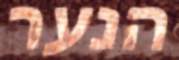
הנער